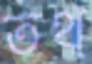
তথ্